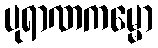
ပုရာဏကမ္မော